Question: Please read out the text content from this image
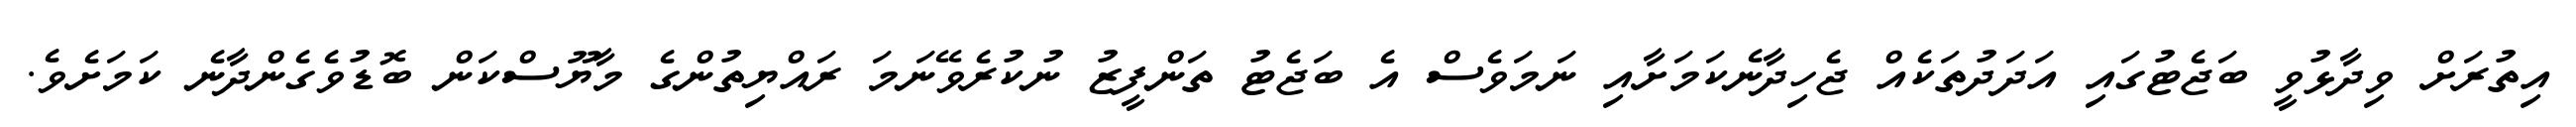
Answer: އިތުރަށް ވިދާޅުވީ ބަޖެޓުގައި އަދަދުތަކެއް ޖެހިދާނެކަމަށާއި ނަމަވެސް އެ ބަޖެޓު ތަންފީޒު ނުކުރެވޭނަމަ ރައްޔިތުންގެ މާޔޫސްކަން ބޮޑުވެގެންދާނެ ކަމަށެވެ.